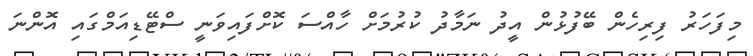
މިފަހަރު ފިރިހެން ބޭފުޅުން އީދު ނަމާދު ކުރުމަށް ހާއްސަ ކޮށްފައިވަނީ ސްޓޭޑިއަމްގައި އޮންނަ